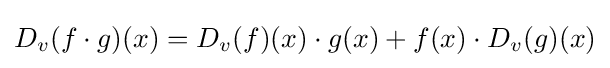
D_{v}(f\cdot g)(x)=D_{v}(f)(x)\cdot g(x)+f(x)\cdot D_{v}(g)(x)